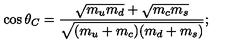
\cos \theta _ { C } = \frac { \sqrt { m _ { u } m _ { d } } + \sqrt { m _ { c } m _ { s } } } { \sqrt { ( m _ { u } + m _ { c } ) ( m _ { d } + m _ { s } ) } } ;